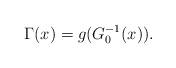
LaTeX: \begin{align*}\Gamma(x)=g(G_0^{-1}(x)).\end{align*}